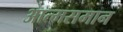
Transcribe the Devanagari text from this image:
आत्मसमान